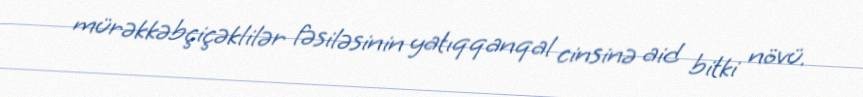
mürəkkəbçiçəklilər fəsiləsinin yatıqqanqal cinsinə aid bitki növü.